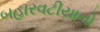
બહારવટીયાનો